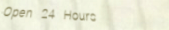
Open 24 Hours